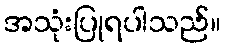
အသုံးပြုရပါသည်။